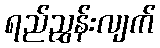
ရည်ညွှန်းလျက်